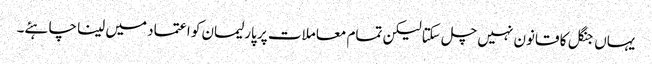
یہاں جنگل کا قانون نہیں چل سکتا لیکن تمام معاملات پر پارلیمان کو اعتماد میں لینا چاہئے۔